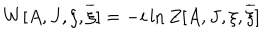
LaTeX: W [ A , J , \xi , \overline { { { \xi } } } ] = - i \ln Z [ A , J , \xi , \overline { { { \xi } } } ]